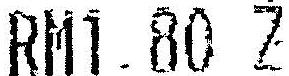
RM1.80 Z